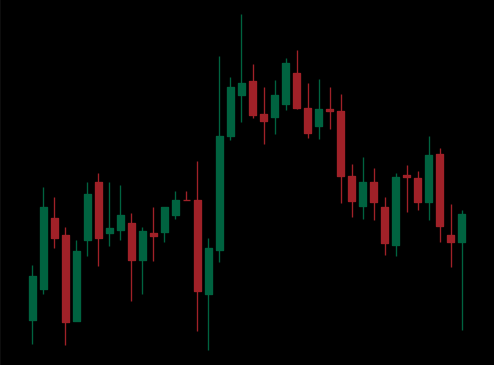
Pattern: unclassified